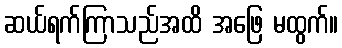
ဆယ်ရက်ကြာသည်အထိ အဖြေ မထွက်။